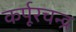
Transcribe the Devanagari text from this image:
कर्पूरचन्द्र